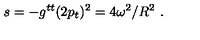
s = - g ^ { t t } ( 2 p _ { t } ) ^ { 2 } = 4 \omega ^ { 2 } / R ^ { 2 } \ .